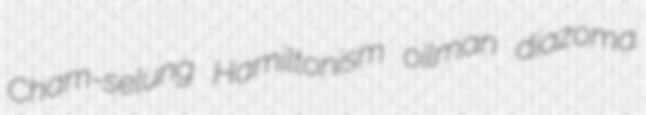
Cham-selung Hamiltonism oilman diazoma